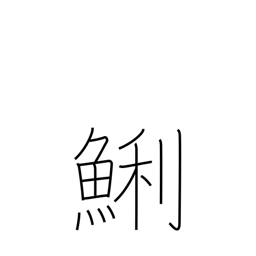
Meaning: short necked clam